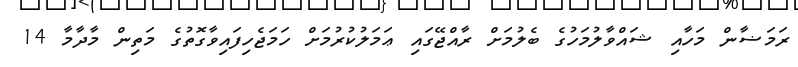
ރަމަޟާން މަހާއި ޝައްވާލުމަހުގެ ބެލުމަށް ރާއްޖޭގައި ޢަމަލުކުރުމަށް ހަމަޖެހިފައިވާގޮތުގެ މަތިން މާދާމާ 14